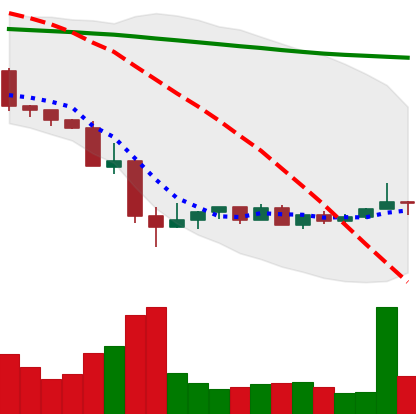
Ticker: NEO-USD
Chart end date: 2022-05-24
Forward return: -5.563%
Label: down_5_7